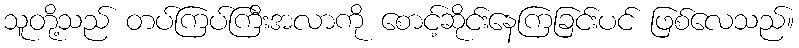
သူတို့သည် တပ်ကြပ်ကြီးအလာကို စောင့်ဆိုင်းနေကြခြင်းပင် ဖြစ်လေသည်။